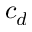
c _ { d }